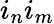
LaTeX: i_{n}i_{m}